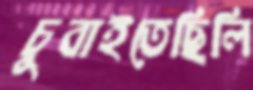
চুবাইতেছিলি